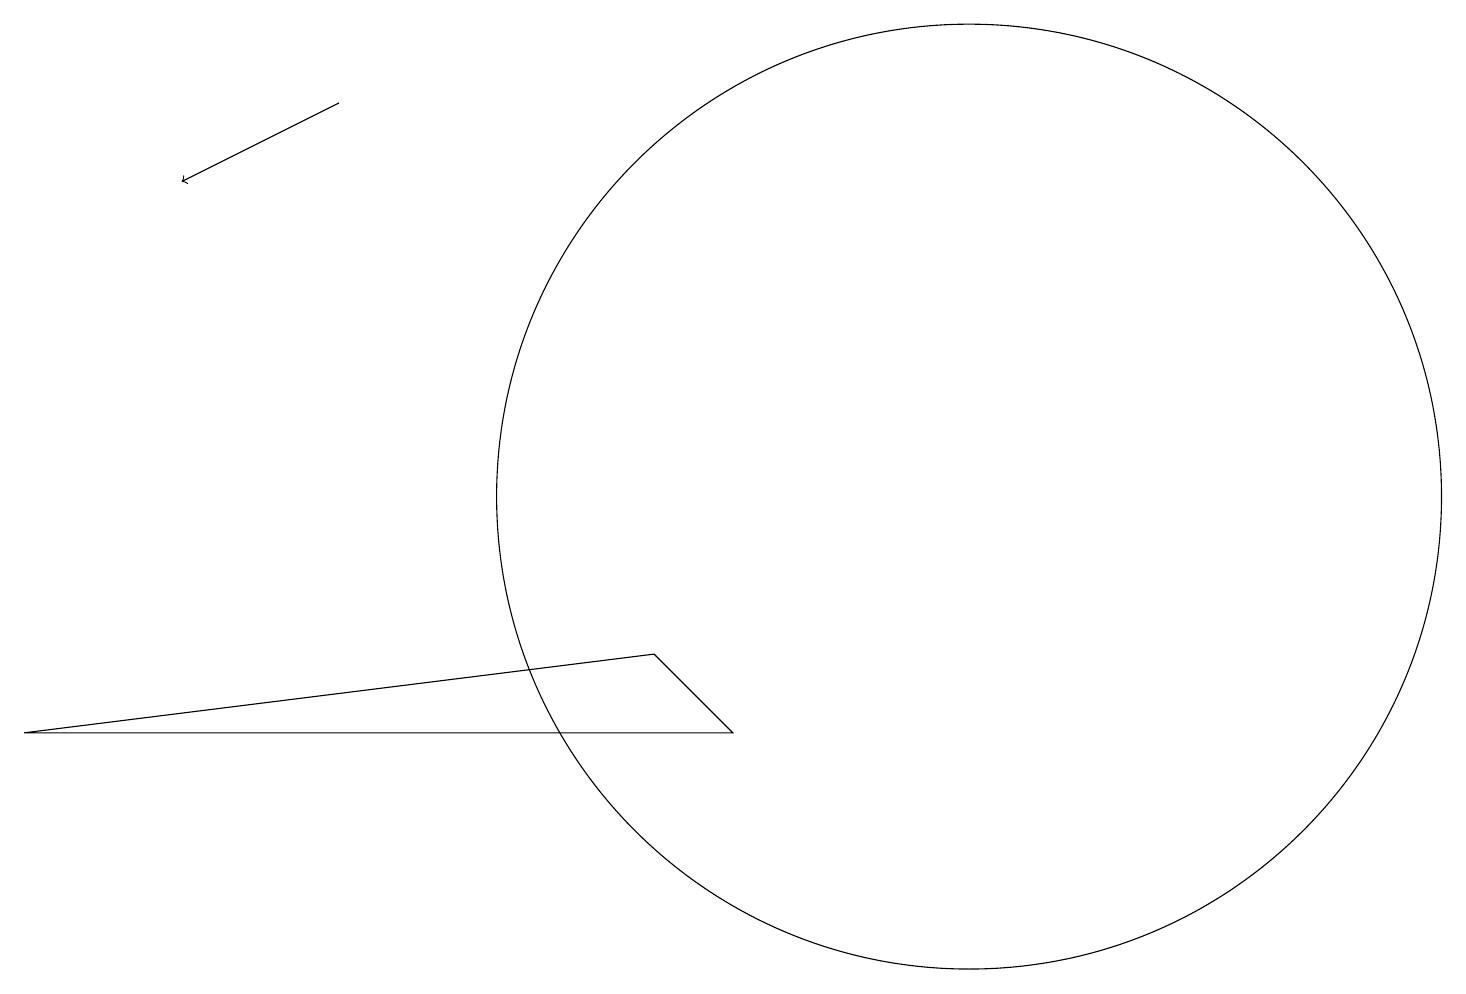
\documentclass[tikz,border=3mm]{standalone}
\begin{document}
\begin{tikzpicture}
\draw (0,7) -- (9,7) -- (8,8) -- cycle;
\draw (12,10) circle (6);
\draw[->] (4,15) -- (2,14);
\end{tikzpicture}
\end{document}